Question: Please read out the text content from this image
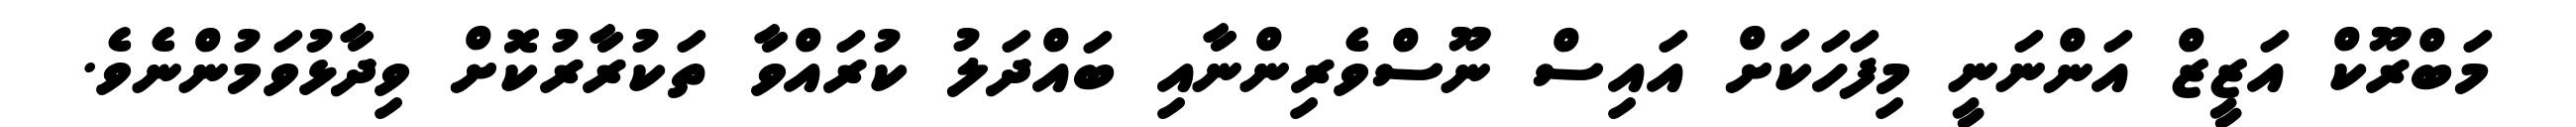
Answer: މަބްރޫކް އަޒީޒް އަންނަނީ މިފަހަކަށް އައިސް ނޫސްވެރިންނާއި ބައްދަލު ކުރައްވާ ތަކުރާރުކޮށް ވިދާޅުވަމުންނެވެ.